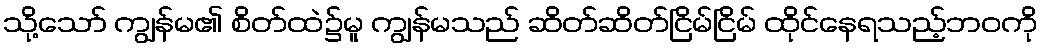
သို့သော် ကျွန်မ၏ စိတ်ထဲ၌မူ ကျွန်မသည် ဆိတ်ဆိတ်ငြိမ်ငြိမ် ထိုင်နေရသည့်ဘဝကို